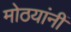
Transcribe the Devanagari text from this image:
मोठयांनीं